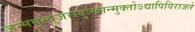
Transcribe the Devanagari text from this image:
जन्ममृत्युजरादुःखान्मुक्‍तोऽद्यापिविराजते